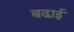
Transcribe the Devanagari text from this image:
बढा़ई